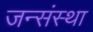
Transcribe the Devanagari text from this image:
जन्संस्था